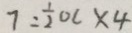
7 = \frac { 1 } { 2 } O C \times 4